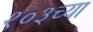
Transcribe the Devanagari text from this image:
१०३च्या